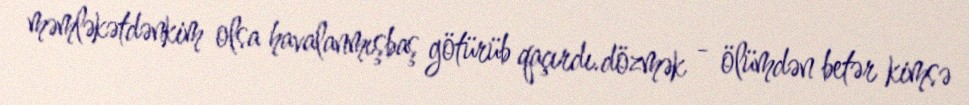
məmləkətdənkim olsa havalanmışbaş götürüb qaçırdı.dözmək - ölümdən betər kimsə